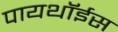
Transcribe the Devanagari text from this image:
पायथॉईस